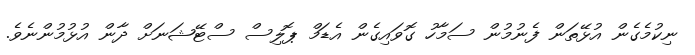
ނިކުމެގެން އުޅޭތަން ފެނުމުން ސަމާހު ގޮވައިގެން އެޑަމް ޕޮލިސް ސްޓޭޝަނަށް ދާން އުޅުމުންނެވެ.